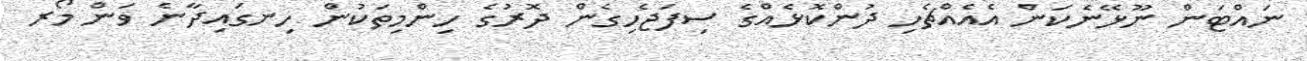
ނައްޓަން ނޫޅޭނެކަން އެއެއްޗެހި ދުންކޮޅެއްގެ ސިފަޖެހިގެން ދޮރުގެ ހިންމިތަކުން ހިނގައިދާނެ ވަން މޯރ